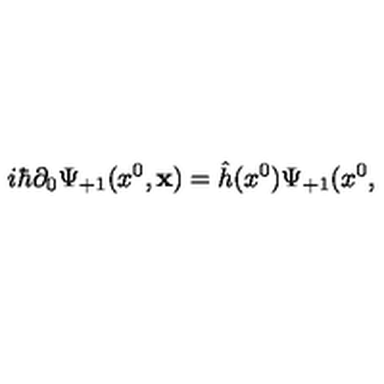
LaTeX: i \hbar \partial _ { 0 } \Psi _ { + 1 } ( x ^ { 0 } , { \bf x } ) = \hat { h } ( x ^ { 0 } ) \Psi _ { + 1 } ( x ^ { 0 } ,